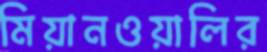
মিয়ানওয়ালির